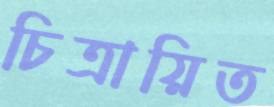
চিত্রায়িত